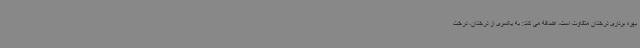
بهره برداری درختان متفاوت است، اضافه می کند: به یکسری از درختان، درخت